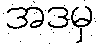
အဒမှ